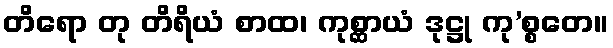
တိရော တု တိရိယံ စာထ၊ ကုစ္ဆာယံ ဒုဋ္ဌု ကု’စ္စတေ။